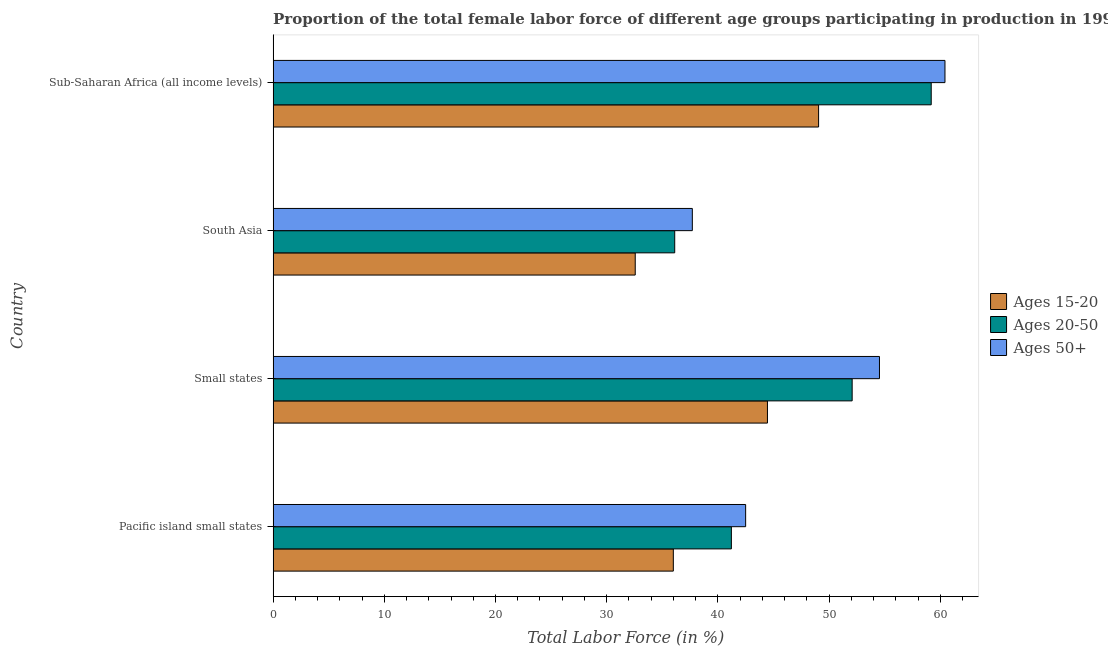
| Country | Ages 15-20 | Ages 20-50 | Ages 50+ |
 | --- | --- | --- | --- |
 | Pacific island small states | 36 | 41.2 | 42.5 |
 | Small states | 44.5 | 52.1 | 54.5 |
 | South Asia | 32.6 | 36.1 | 37.7 |
 | Sub-Saharan Africa (all income levels) | 49.1 | 59.2 | 60.4 |